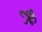
ઋ